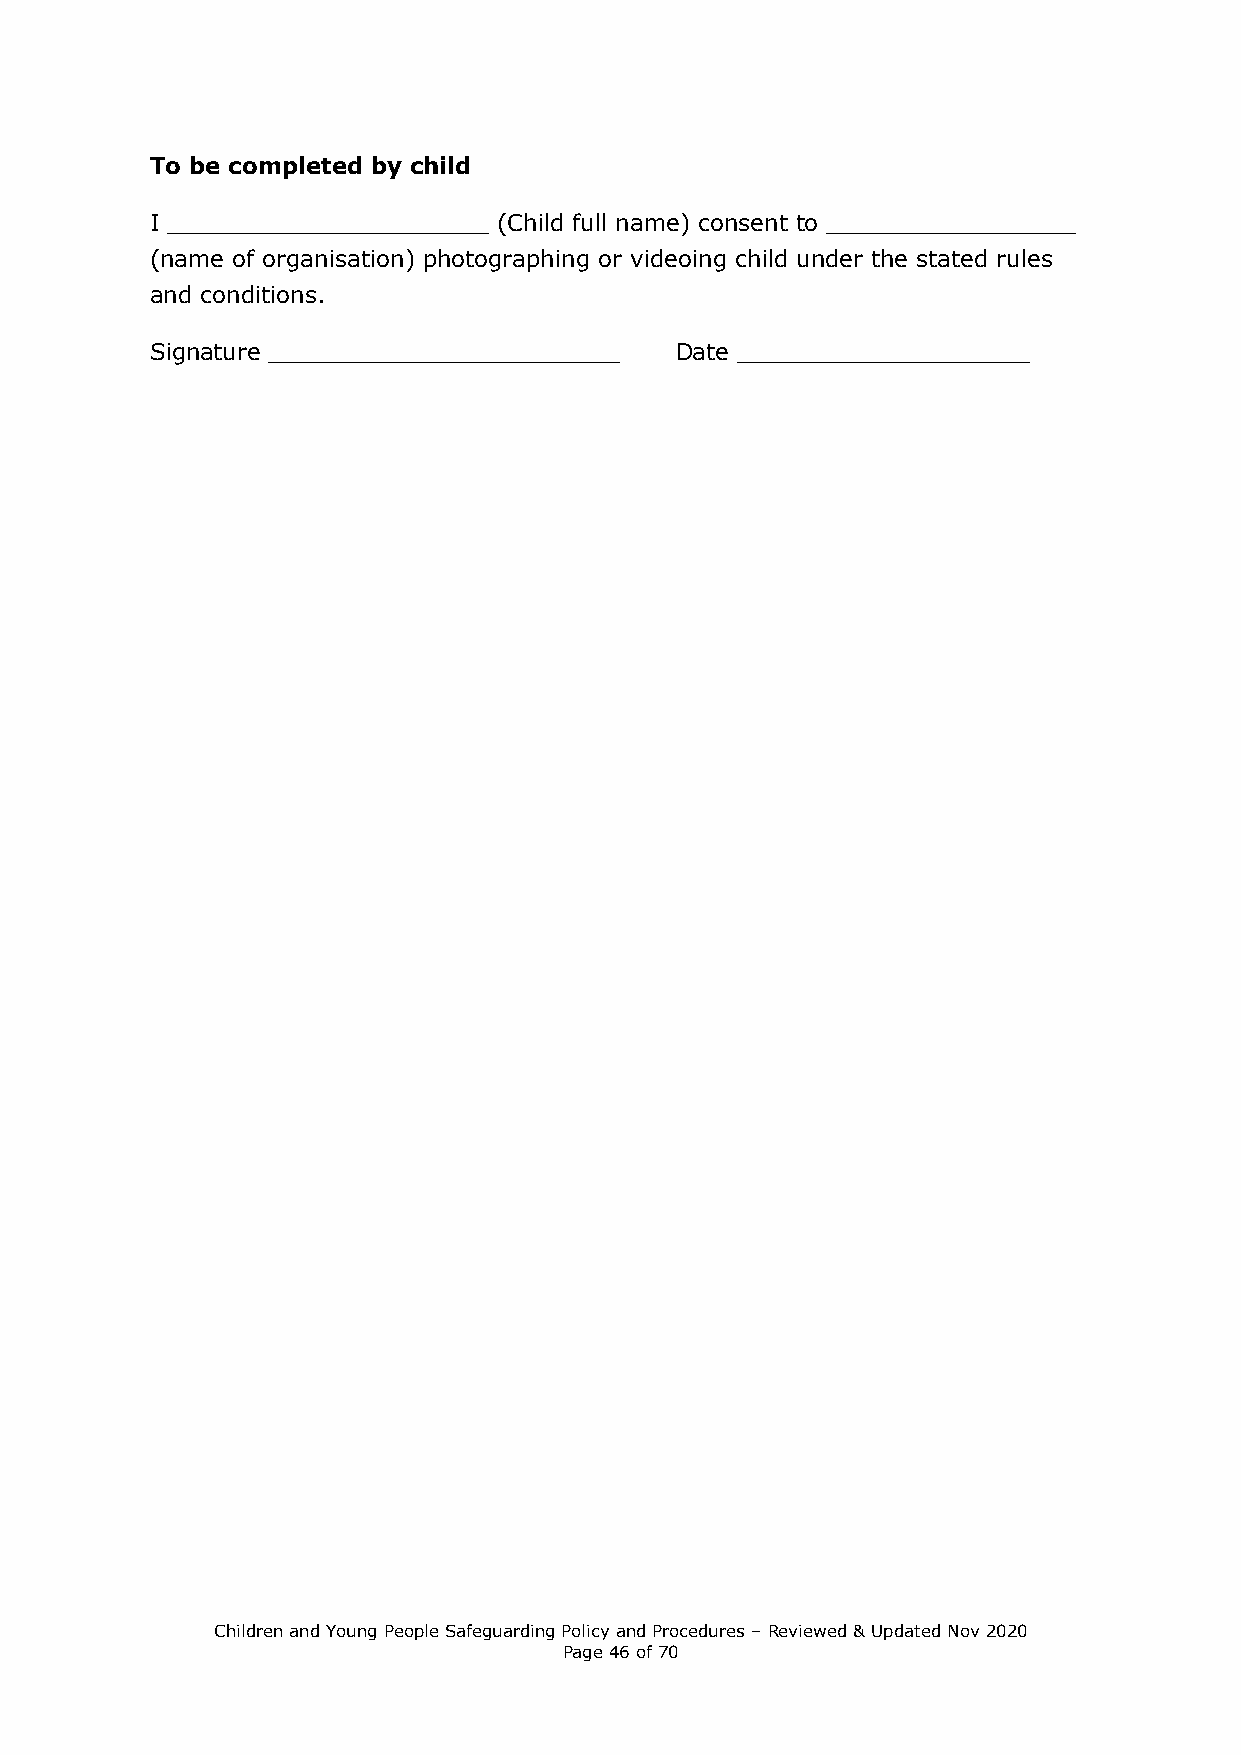
To be completed by child
 I ______________________ (Child full name) consent to _________________
 (name of organisation) photographing or videoing child under the stated rules
 and conditions.
 Signature ________________________ Date ____________________
 Children and Young People Safeguarding Policy and Procedures – Reviewed & Updated Nov 2020
 Page 46 of 70